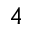
_ 4